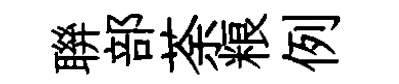
聨部荼粮例